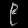
Digit: ၉